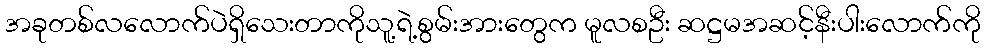
အခုတစ်လလောက်ပဲရှိသေးတာကိုသူ့ရဲ့စွမ်းအားတွေက မူလစဦး ဆဋ္ဌမအဆင့်နီးပါးလောက်ကို